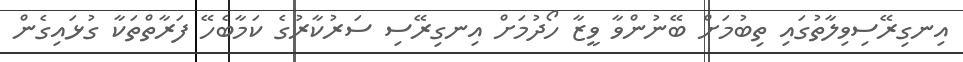
އިނގިރޭސިވިލާތުގައި ތިބުމަށް ބޭނުންވާ ވީޒާ ހޯދުމަށް އިނގިރޭސި ސަރުކާރުގެ ކަމާބެހޭ ފަރާތްތަކާ ގުޅައިގެން